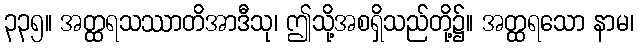
၃၃၅။ အတ္ထရသဿာတိအာဒီသု၊ ဤသို့အစရှိသည်တို့၌။ အတ္ထရသော နာမ၊